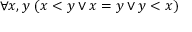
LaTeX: \forall x , y \ ( x < y \lor x = y \lor y < x )